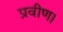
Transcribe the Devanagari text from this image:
प्रवीण।